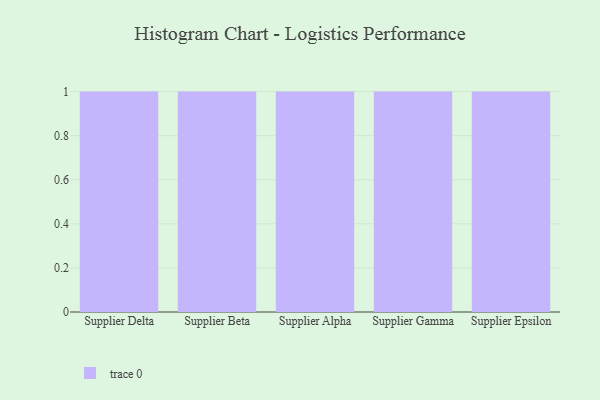
{"axis": {"x": "Supplier", "y": "Gross Profit (USD K)"}, "legend": [""], "data": [{"x": "Supplier Delta", "y": 26, "type": ""}, {"x": "Supplier Beta", "y": 11, "type": ""}, {"x": "Supplier Alpha", "y": 40, "type": ""}, {"x": "Supplier Gamma", "y": 50, "type": ""}, {"x": "Supplier Epsilon", "y": 6, "type": ""}]}